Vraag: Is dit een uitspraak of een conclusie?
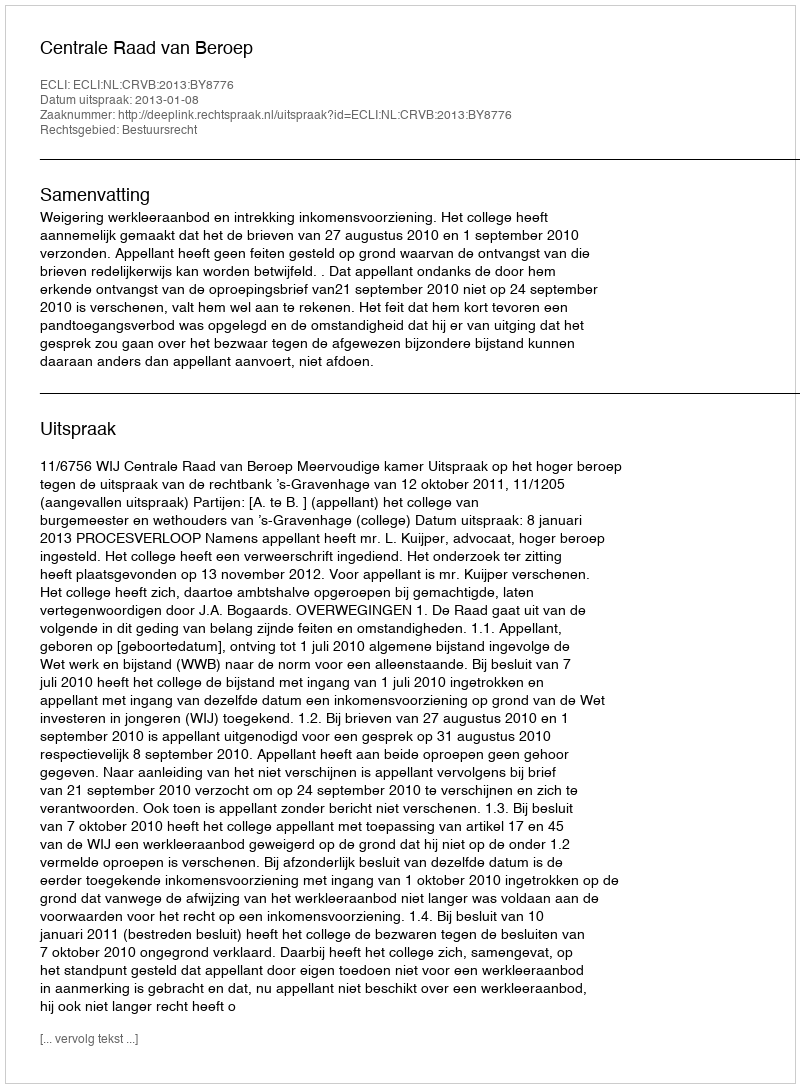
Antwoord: Uitspraak